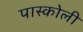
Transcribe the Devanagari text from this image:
पास्कोली